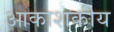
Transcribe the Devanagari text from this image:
आकाशकीय